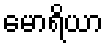
မောရိယာ